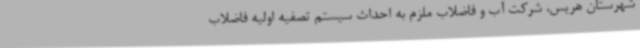
شهرستان هریس، شرکت آب و فاضلاب ملزم به احداث سیستم تصفیه اولیه فاضلاب